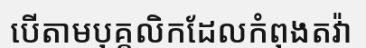
បើតាមបុគ្គលិកដែលកំពុងតវ៉ា